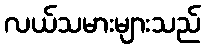
လယ်သမားများသည်